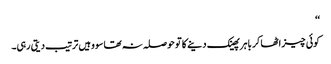
‘‘
کوئی چیز اٹھا کر باہر پھینک دینے کا تو حوصلہ نہ تھا سو وہیں ترتیب دیتی رہی۔